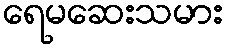
ရေမဆေးသမား